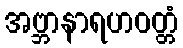
အဗ္ဘာနာရဟဝတ္တံ